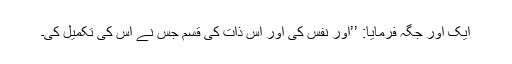
ایک اور جگہ فرمایا: ’’اور نفس کی اور اس ذات کی قسم جس نے اس کی تکمیل کی۔